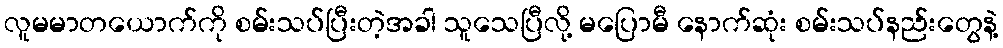
လူမမာတယောက်ကို စမ်းသပ်ပြီးတဲ့အခါ သူသေပြီလို့ မပြောမီ နောက်ဆုံး စမ်းသပ်နည်းတွေနဲ့